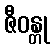
ဇီဝန္တု